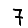
Digit: 7